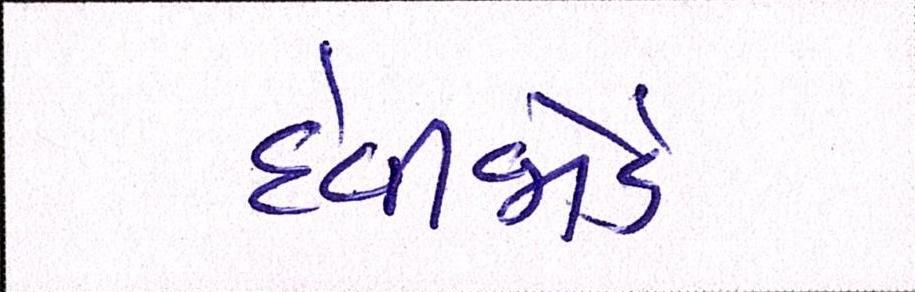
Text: દેવીજોડ